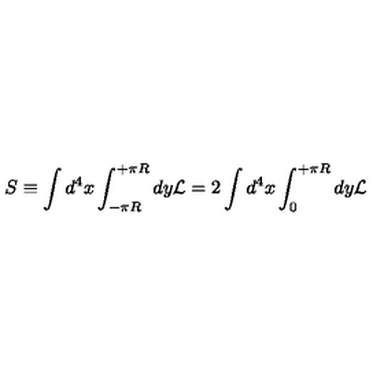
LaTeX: S \equiv \int d ^ { 4 } x \int _ { - \pi R } ^ { + \pi R } d y { \cal L } = 2 \int d ^ { 4 } x \int _ { 0 } ^ { + \pi R } d y { \cal L }